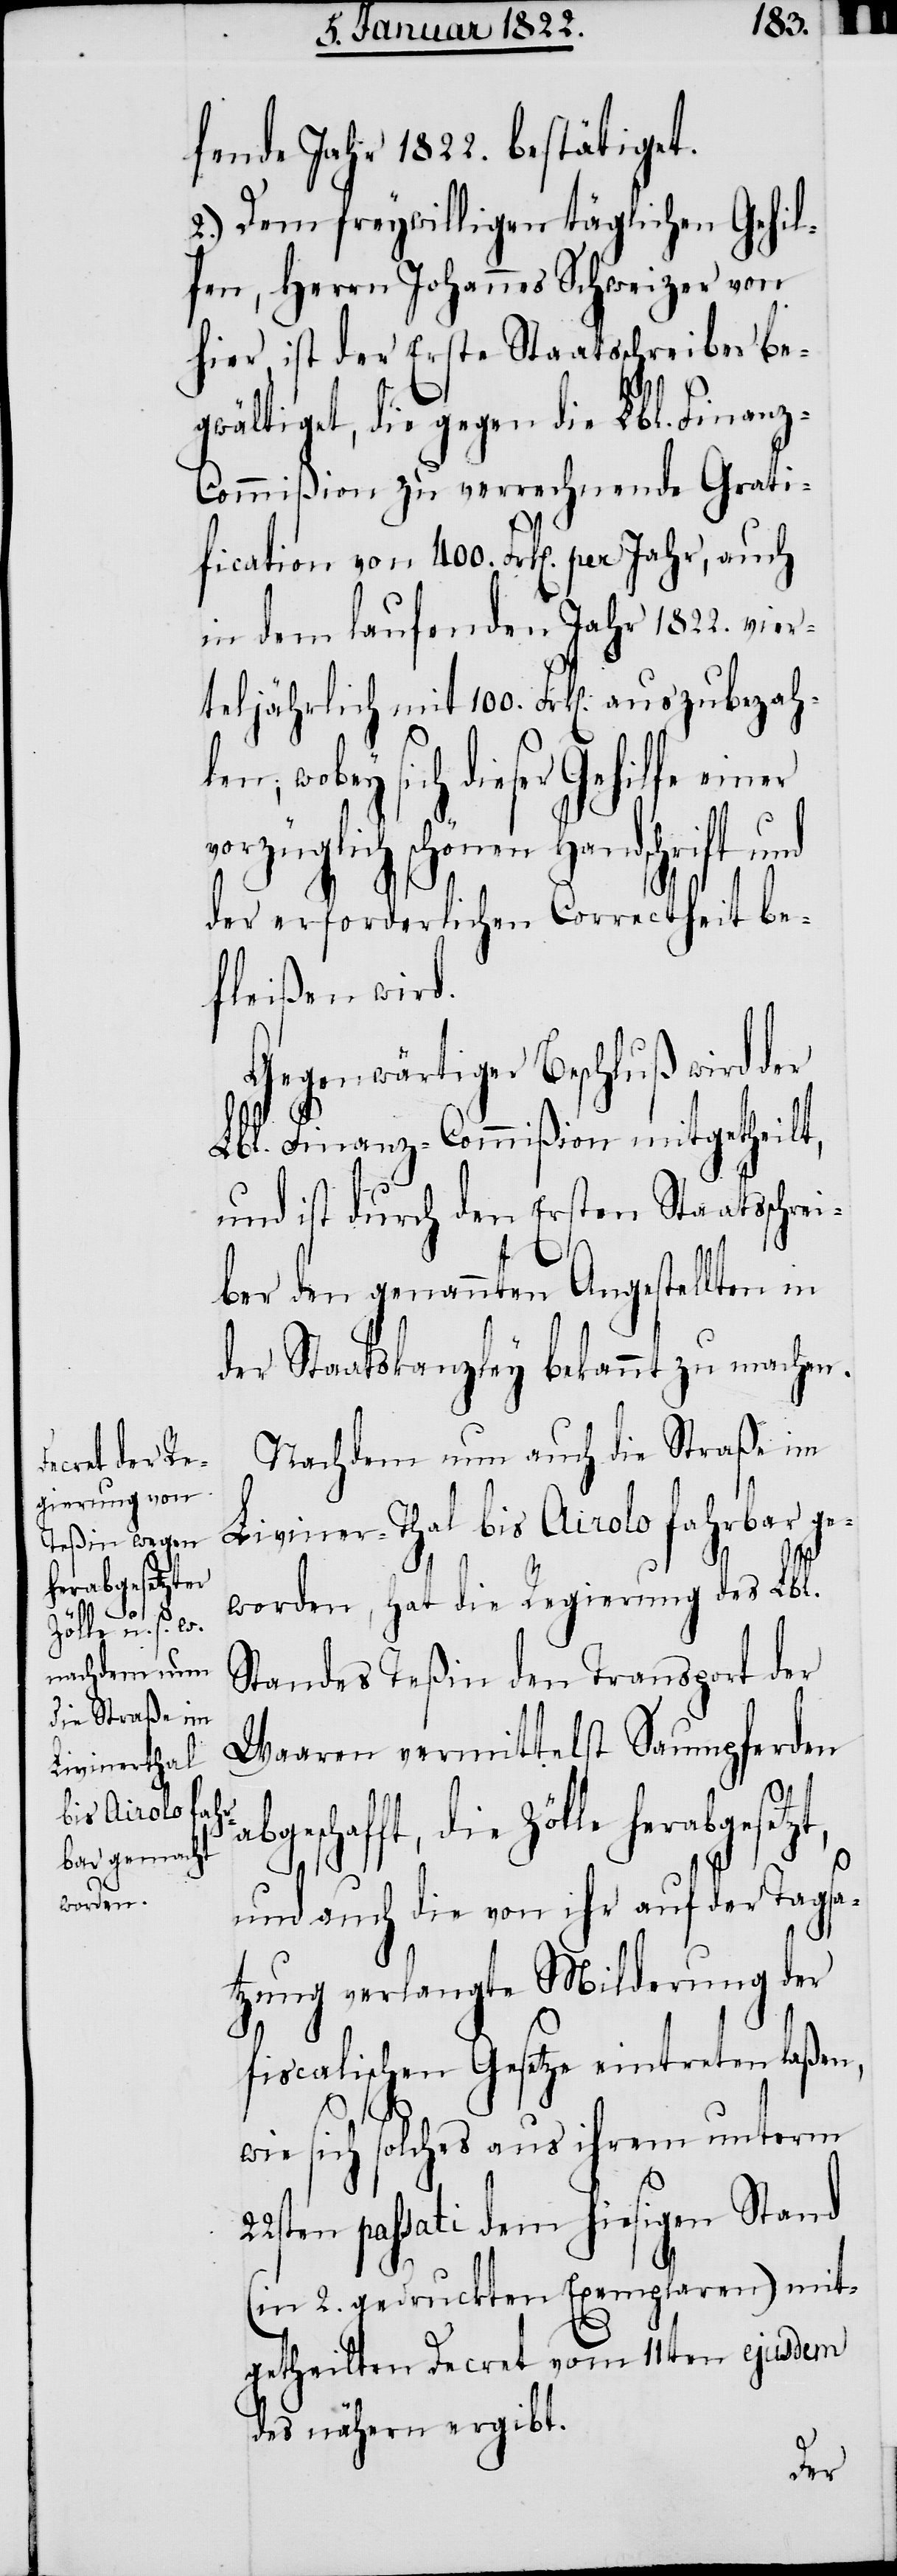
herabgesetzt,

fende Jahr 1822. bestätiget.
2.) Dem freywilligen täglichen Gehil¬
fen, Herrn Johannes Schweizer von
hier, ist der Erste Staatsschreiber be¬
gwältiget, die gegen die Lbl. Finan¬
in dem laufenden Jahr 1822. vier¬
teljährlich mit 100. Frk[en]. auszu¬
der erforderlichen Correctheit be¬
fleißen wird.
genwärtiger Beschluß wird
Lbl. Finanz-Commißion mitgetheilt,
und ist durch den Ersten Staatsschrei¬
ber den genannten Angestellten in
der Staatskanzley bekannt zu machen.
Nachdem nun auch die Straße im
Liviner-Thal bis Airolo fahrbar ge¬
worden, hat die Regierung des Lbl.
Standes Teßin den Transport der
Waaren vermittelst Saumpferden
eschafft, die Zölle
und auch die von ihr auf der Tagsa¬
tzung verlangte Milderung der
fiscalischen Gesetze eintreten laßen,
wie sich solches aus ihrem unterm
22sten passati dem hiesigen Stand
(in 2. gedruckten Exemplaren) mit¬
getheilten Decret vom 11ten ejusdem
des nähern ergibt.
der

abg¬